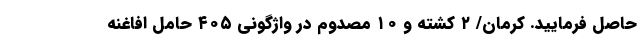
حاصل فرمایید. کرمان/ ۲ کشته و ۱۰ مصدوم در واژگونی ۴۰۵ حامل افاغنه